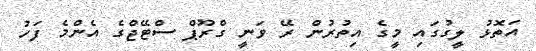
އަތޮޅު ލީގުގައި މީގެ އިތުރުން ރޭ ވަނީ ގްރޫޕް ސްޓޭޖްގެ އެންމެ ފަހު